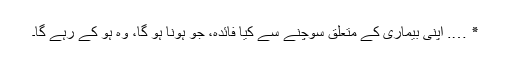
٭ …. اپنی بیماری کے متعلق سوچنے سے کیا فائدہ، جو ہونا ہو گا، وہ ہو کے رہے گا۔